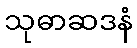
သုဓာဆဒနံ